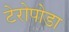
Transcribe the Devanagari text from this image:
टेरोपोडा